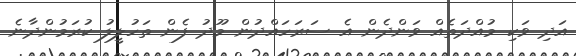
އަދި ވަކި މުއްދަތެއް ވަންދެން އެ ސަރަހައްދުން މޫދު ފެން ތަހުލީލު ކުރަމުންދާނެ